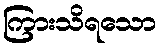
ကြားသိရသော